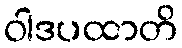
ဝါဒပထာတိ